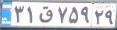
۳۱ق۷۵۹۲۹